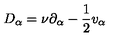
D _ { \alpha } = \nu \partial _ { \alpha } - \frac { 1 } { 2 } v _ { \alpha }